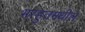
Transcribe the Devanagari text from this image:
भरहुतमधील